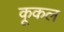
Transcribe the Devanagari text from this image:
कूकल